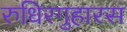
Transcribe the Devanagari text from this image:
रुधिरगुहारस